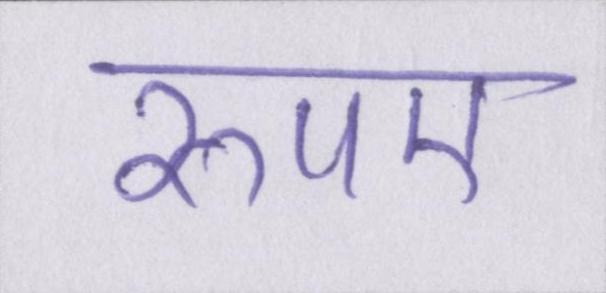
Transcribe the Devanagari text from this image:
रुपए